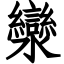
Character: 灓